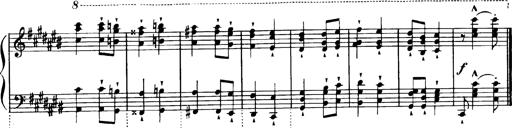
Title: Magyar dalok
Composer: Franz Liszt